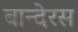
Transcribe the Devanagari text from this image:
बान्देरस